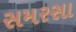
સમરસા